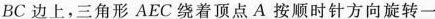
BC 边上，三角形 AEC 绕着顶点 A 按顺时针方向旋转一